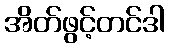
အိတ်ဖွင့်တင်ဒါ